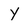
Character: Y